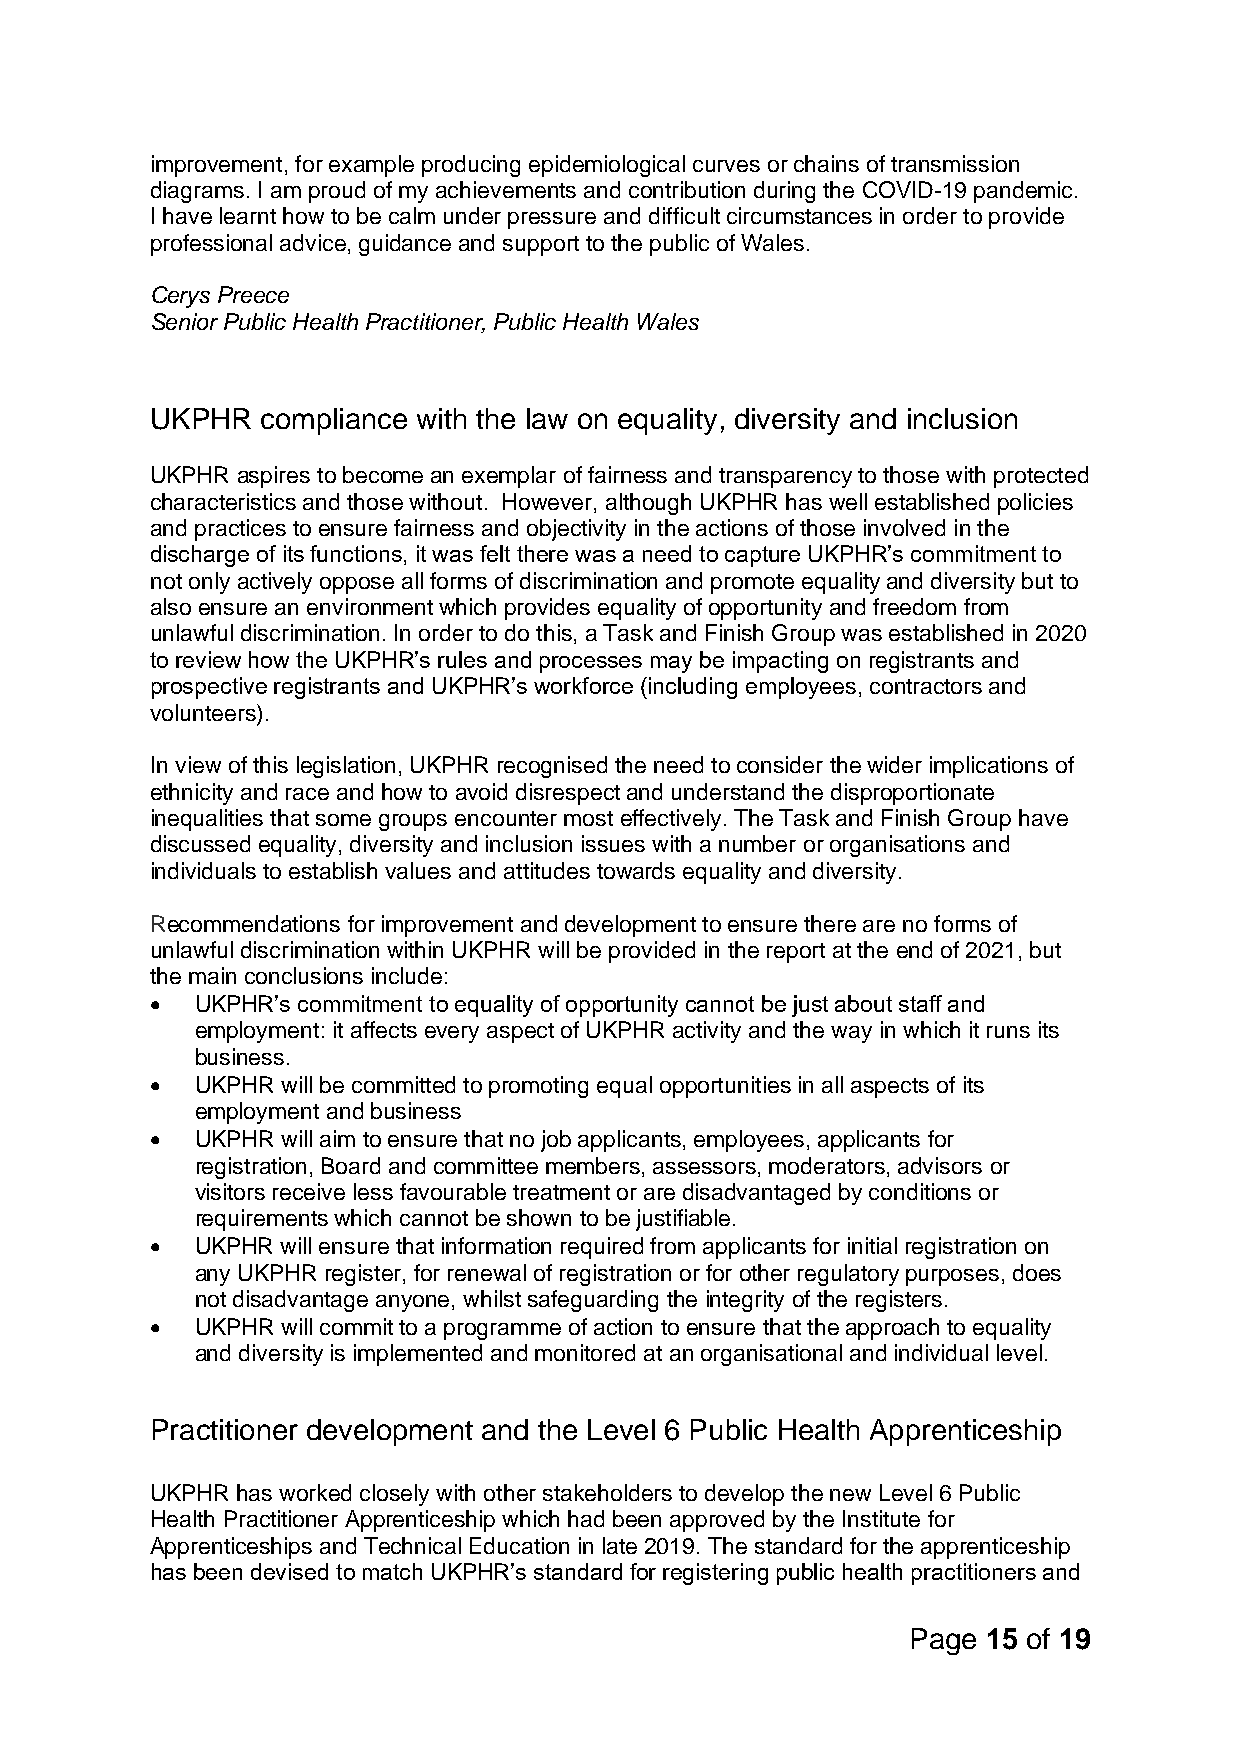
improvement, for example producing epidemiological curves or chains of transmission
 diagrams. I am proud of my achievements and contribution during the COVID-19 pandemic.
 I have learnt how to be calm under pressure and difficult circumstances in order to provide
 professional advice, guidance and support to the public of Wales.
 Cerys Preece
 Senior Public Health Practitioner, Public Health Wales
 UKPHR  compliance with the law on equality, diversity and inclusion
 UKPHR aspires to become an exemplar of fairness and transparency to those with protected
 characteristics and those without. However, although UKPHR has well established policies
 and practices to ensure fairness and objectivity in the actions of those involved in the
 discharge of its functions, it was felt there was a need to capture UKPHR’s commitment to
 not only actively oppose all forms of discrimination and promote equality and diversity but to
 also ensure an environment which provides equality of opportunity and freedom from
 unlawful discrimination. In order to do this, a Task and Finish Group was established in 2020
 to review how the UKPHR’s rules and processes may be impacting on registrants and
 prospective registrants and UKPHR’s workforce (including employees, contractors and
 volunteers).
 In view of this legislation, UKPHR recognised the need to consider the wider implications of
 ethnicity and race and how to avoid disrespect and understand the disproportionate
 inequalities that some groups encounter most effectively. The Task and Finish Group have
 discussed equality, diversity and inclusion issues with a number or organisations and
 individuals to establish values and attitudes towards equality and diversity.
 Recommendations for improvement and development to ensure there are no forms of
 unlawful discrimination within UKPHR will be provided in the report at the end of 2021, but
 the main conclusions include:
 •  UKPHR’s commitment to equality of opportunity cannot be just about staff and
 employment: it affects every aspect of UKPHR activity and the way in which it runs its
 business.
 •  UKPHR will be committed to promoting equal opportunities in all aspects of its
 employment and business
 •  UKPHR will aim to ensure that no job applicants, employees, applicants for
 registration, Board and committee members, assessors, moderators, advisors or
 visitors receive less favourable treatment or are disadvantaged by conditions or
 requirements which cannot be shown to be justifiable.
 •  UKPHR will ensure that information required from applicants for initial registration on
 any UKPHR register, for renewal of registration or for other regulatory purposes, does
 not disadvantage anyone, whilst safeguarding the integrity of the registers.
 •  UKPHR will commit to a programme of action to ensure that the approach to equality
 and diversity is implemented and monitored at an organisational and individual level.
 Practitioner development and the Level 6 Public Health Apprenticeship
 UKPHR has worked closely with other stakeholders to develop the new Level 6 Public
 Health Practitioner Apprenticeship which had been approved by the Institute for
 Apprenticeships and Technical Education in late 2019. The standard for the apprenticeship
 has been devised to match UKPHR’s standard for registering public health practitioners and
 Page 15 of 19